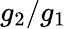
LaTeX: g_{2}/g_{1}